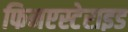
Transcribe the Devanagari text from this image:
फिनएस्टेराइड